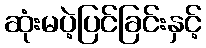
ဆုံးမပဲ့ပြင်ခြင်းနှင့်